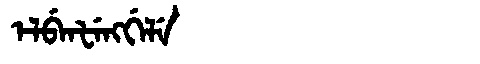
Manchu: ᡝᠯᠪᡝᠨᡶᡝᠩᡤᡝᠯᡝ
Romanization: ELBENFENGGELE